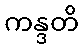
ကန္ဒတိ